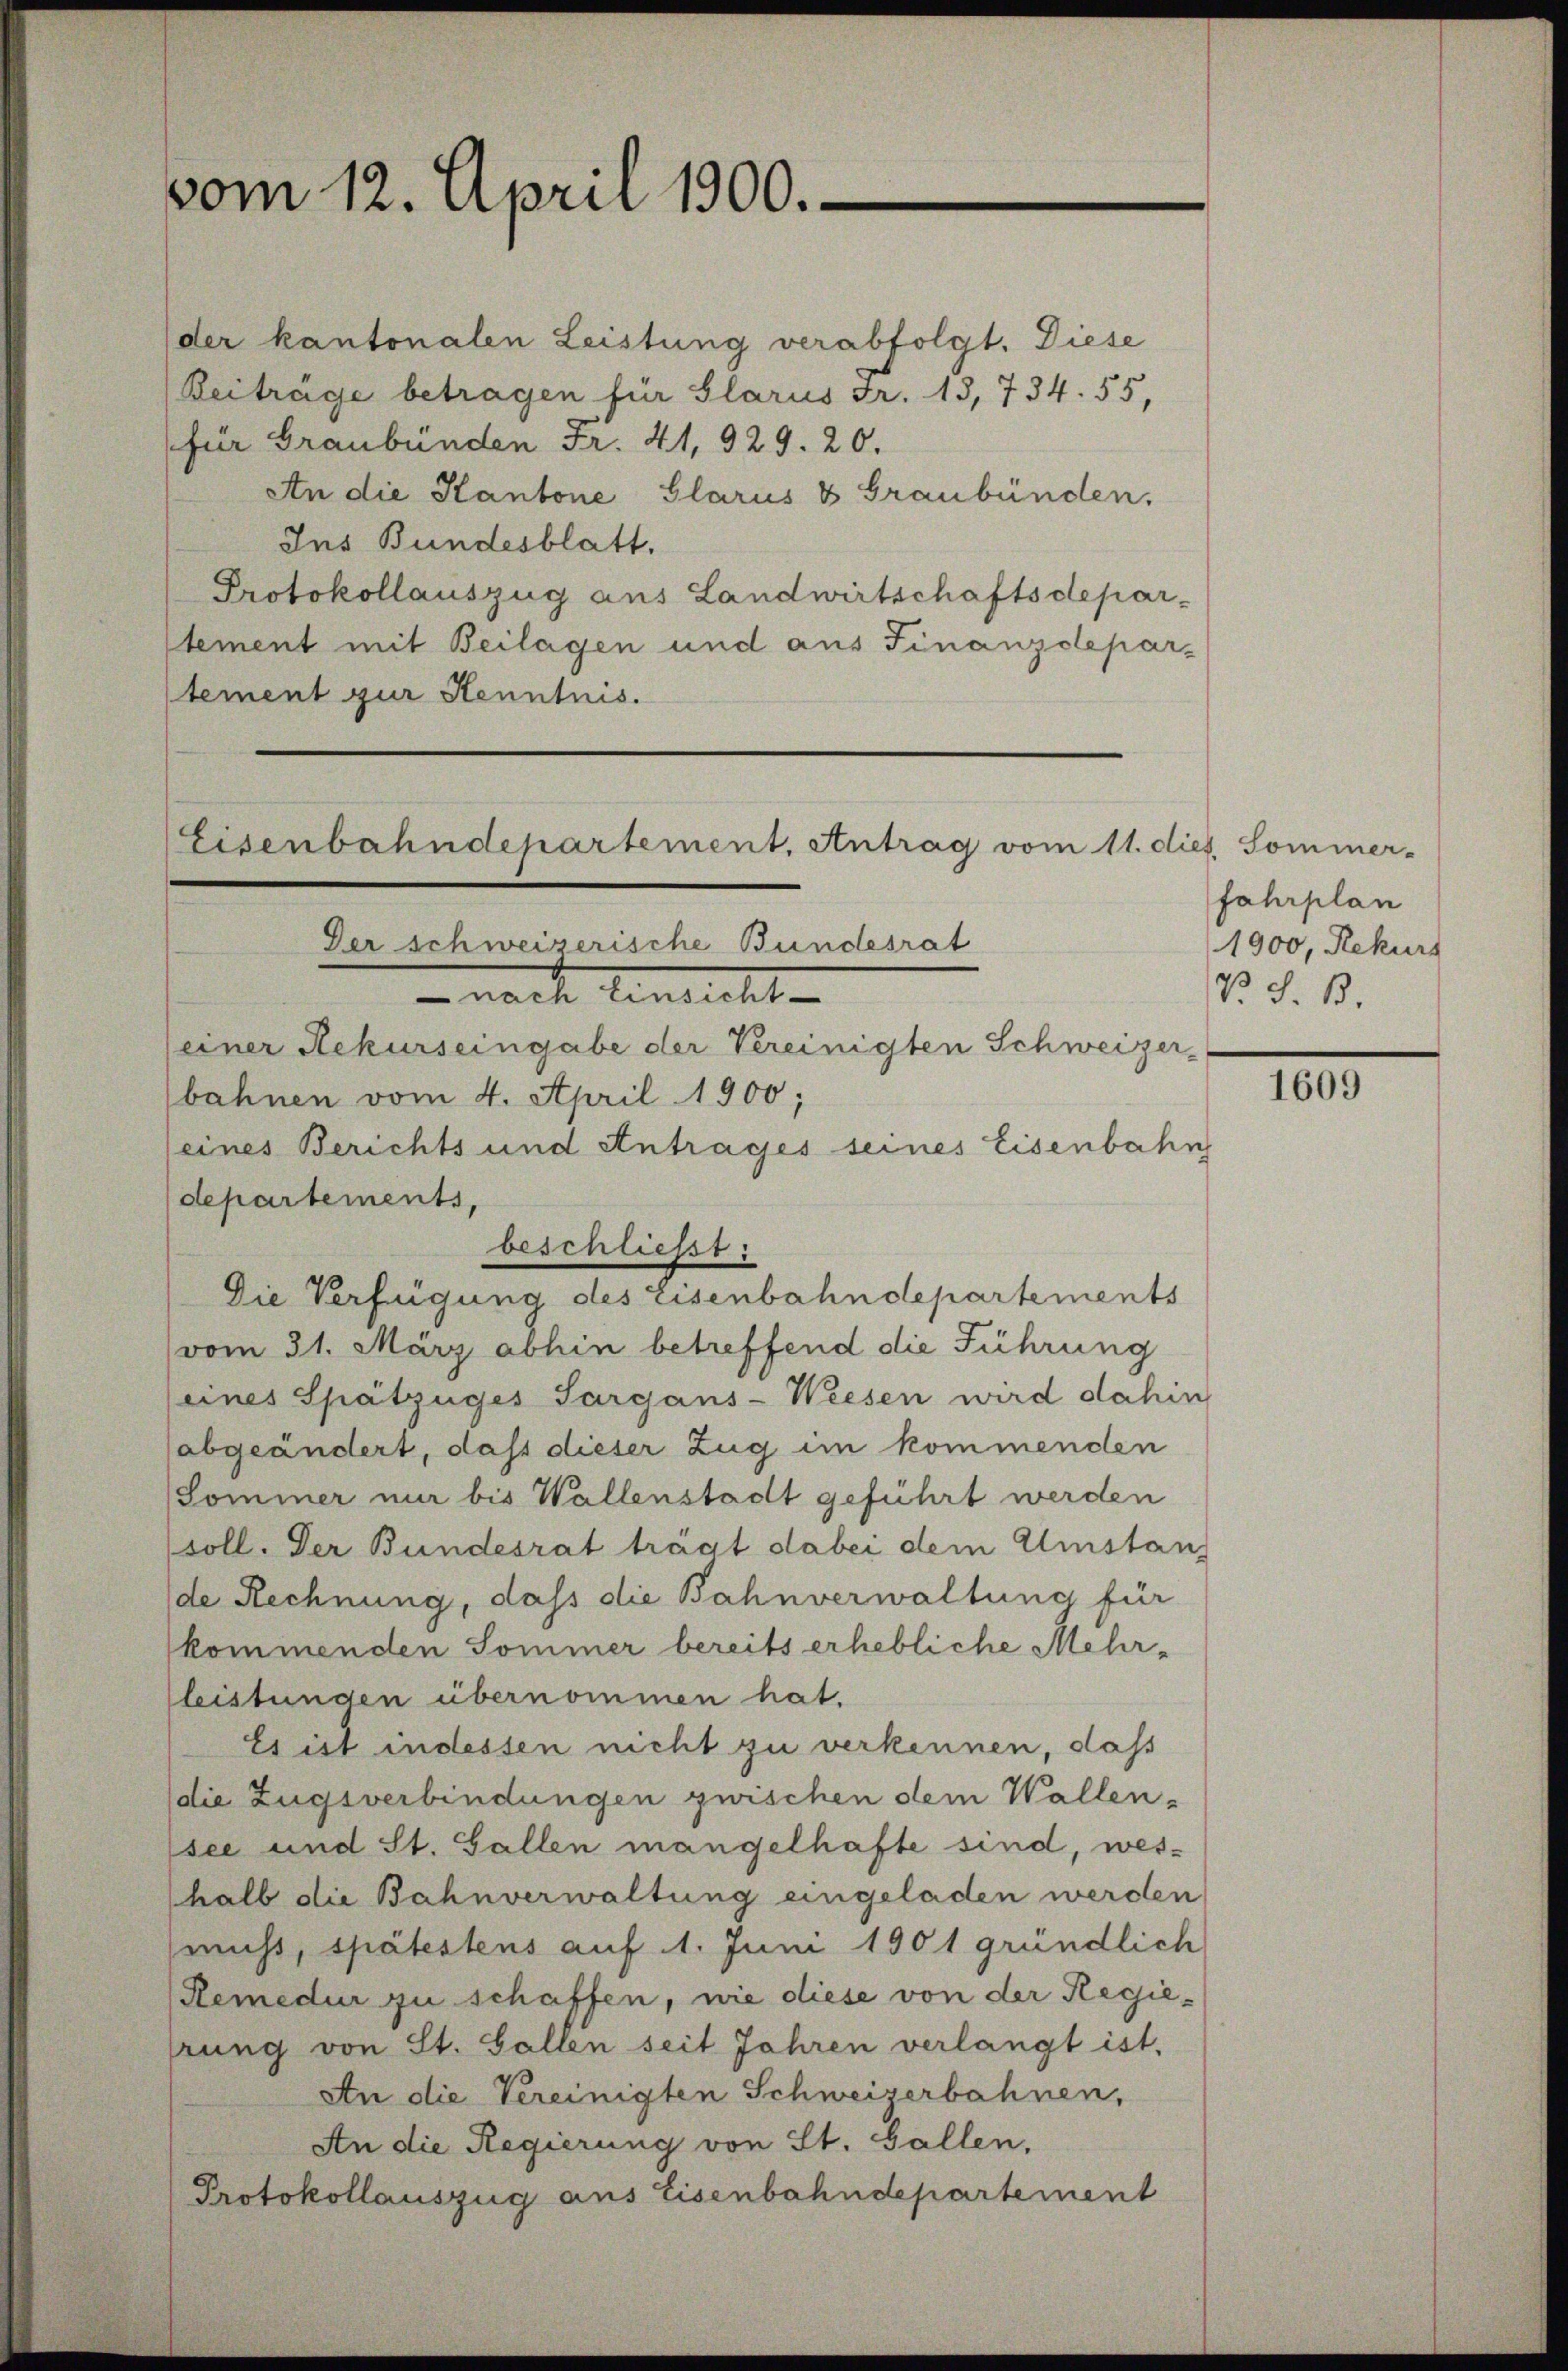
vom 12. April 1900.

Eisenbahndepartement, Antrag vom 11. dies Sommer-
Der schweizerische Bundesrat
-nach Einsicht
einer Rekurseingabe der Vereinigten Schweizer-

der kantonalen Leistung verabfolgt. Diese
Beiträge betragen für Glarus Fr. 13, 734. 55,
(für Graubünden Fr. 41, 929. 20.
An die Kantone Glarus & Graubünden,
Ins Bundesblatt.
Protokollauszug aus Landwirtschaftsdeparstement mit Beilagen und aus Finanzdepar-
tement zur Kenntnis.

bahnen vom 4. April 1900;
(eines Berichts und Antrages seines Eisenbahn
departements,
beschließt:
Die Verfügung des Eisenbahndepartements
vom 31. März abhin betreffend die Führung
eines Spätzüges Sargans-Weesen wird dahin
abgeändert, daß dieser Zug im kommenden
Sommer mir bis Wallenstadt geführt werden
soll. Der Bundesrat trägt dabei dem Umstanz
de Rechnung, dass die Bahnverwaltung für
kommenden Sommer bereits erhebliche Mehr-
leistunden übernommen hat.
Es ist indessen nicht zu verkennen, daß
die Zugsverbindungen zwischen dem Wallen-
see und St. Gallen mangelhafte sind, weshalb die Bahnverwaltung eingeladen werden
muss, spätestens auf 1. Juni 1901 gründlich
Remedur zu schaffen, wie diese von der Regierung von St. Gallen seit Jahren verlangt ist,
An die Vereinigten Schweizerbahnen,
An die Regierung von St. Gallen,
Protokollauszug aus Eisenbahndepartement

fahrplan
1900, Rekurs
V. S. B.

1609